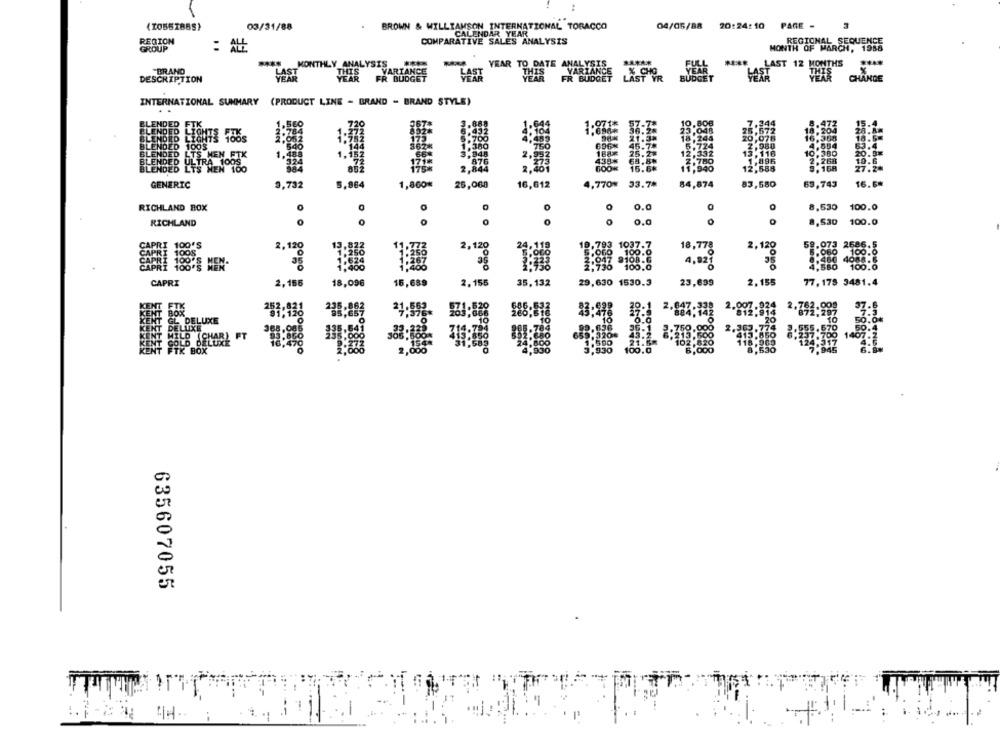
03/31/88
BROWN & WILLIAMSON INTERNATIONAL TOBACCO
04/05/88
20:24: 10 PAGE -
CALENDAR YEAR
REGION
COMPARATIVE SALES ANALYSIS
REGIONAL SEQUENCE
GROUP
: ALL
MONTH OF MARCH, 1988
****
MONT
.YSIS
YEAR TO DATE ANALYSIS
FUL
FULL
LAST 12 MONTHS
BRAND
LAST
HART
ANCE
THIS
VARIANCE
% CHO
BUDGE
DESCRIPTION
YEAR
FR BUDGET
LAST YR
CHANGE
INTERNATIONAL SUMMARY (PRODUCT LINE - BRAND - BRAND STYLE)
. .
15.
BLENDED FL
1.560
367.
3.8
57.
BLENDED
2.784
21.38
BLENDED LIGHTS
2.052
BLENDED 1005
144
362×
1.3
188x
696X
46.78
10.380
4.554
63.4
BLENDED LTS MEN FTK
1.48
66
3.9
25.2%
20.9%
BLENDED ULTRA 100S
171*
876
438%
68.80
15.6%
2,268
19.6
BLENDED LTS NEN 100
2,844
9. 168
27.20
GENERIC
9,732
5,964
1,860*
25,068
16,612
4,770%
33.7%
84,874
83,580
63,743
16.6#
RICHLAND BOX
0.0
0
8,530
100.0
RICHLAND
0
0
0
O
0.0
8,530
100.0
2,120
18,778
2,120
58.
2,120
4,921
35
ag
CAPRI
2,185
18,096
15,689
2. 155
35.132
29,630 1530.3
23,699
2.155
77, 178 3481.4
KENT FIK
BOX
21:592.
HARL FT
635607055
1-2 7 TH